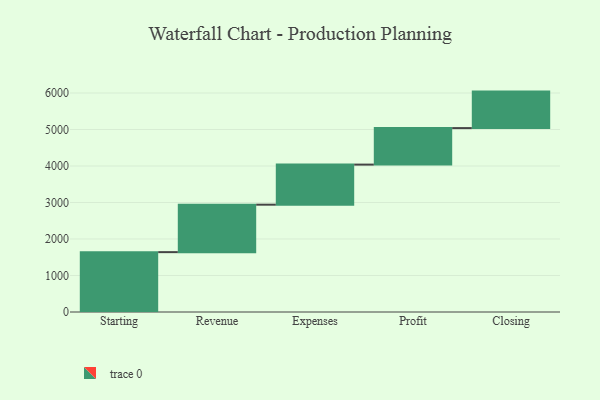
{"axis": {"x": "Step", "y": "Value"}, "legend": [""], "data": [{"x": "Starting", "y": 1640.0, "type": ""}, {"x": "Revenue", "y": 1300.0, "type": ""}, {"x": "Expenses", "y": 1098.0, "type": ""}, {"x": "Profit", "y": 1000, "type": ""}, {"x": "Closing", "y": 1000, "type": ""}]}